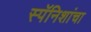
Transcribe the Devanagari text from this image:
स्पॅनिशांचा